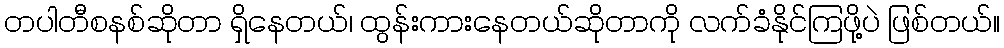
တပါတီစနစ်ဆိုတာ ရှိနေတယ်၊ ထွန်းကားနေတယ်ဆိုတာကို လက်ခံနိုင်ကြဖို့ပဲ ဖြစ်တယ်။